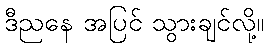
ဒီညနေ အပြင် သွားချင်လို့။